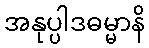
အနုပ္ပါဒဓမ္မာနိ